65_HS1-834228961_62-HQ-83894_SUB_A
Agency: FBI
Page 82
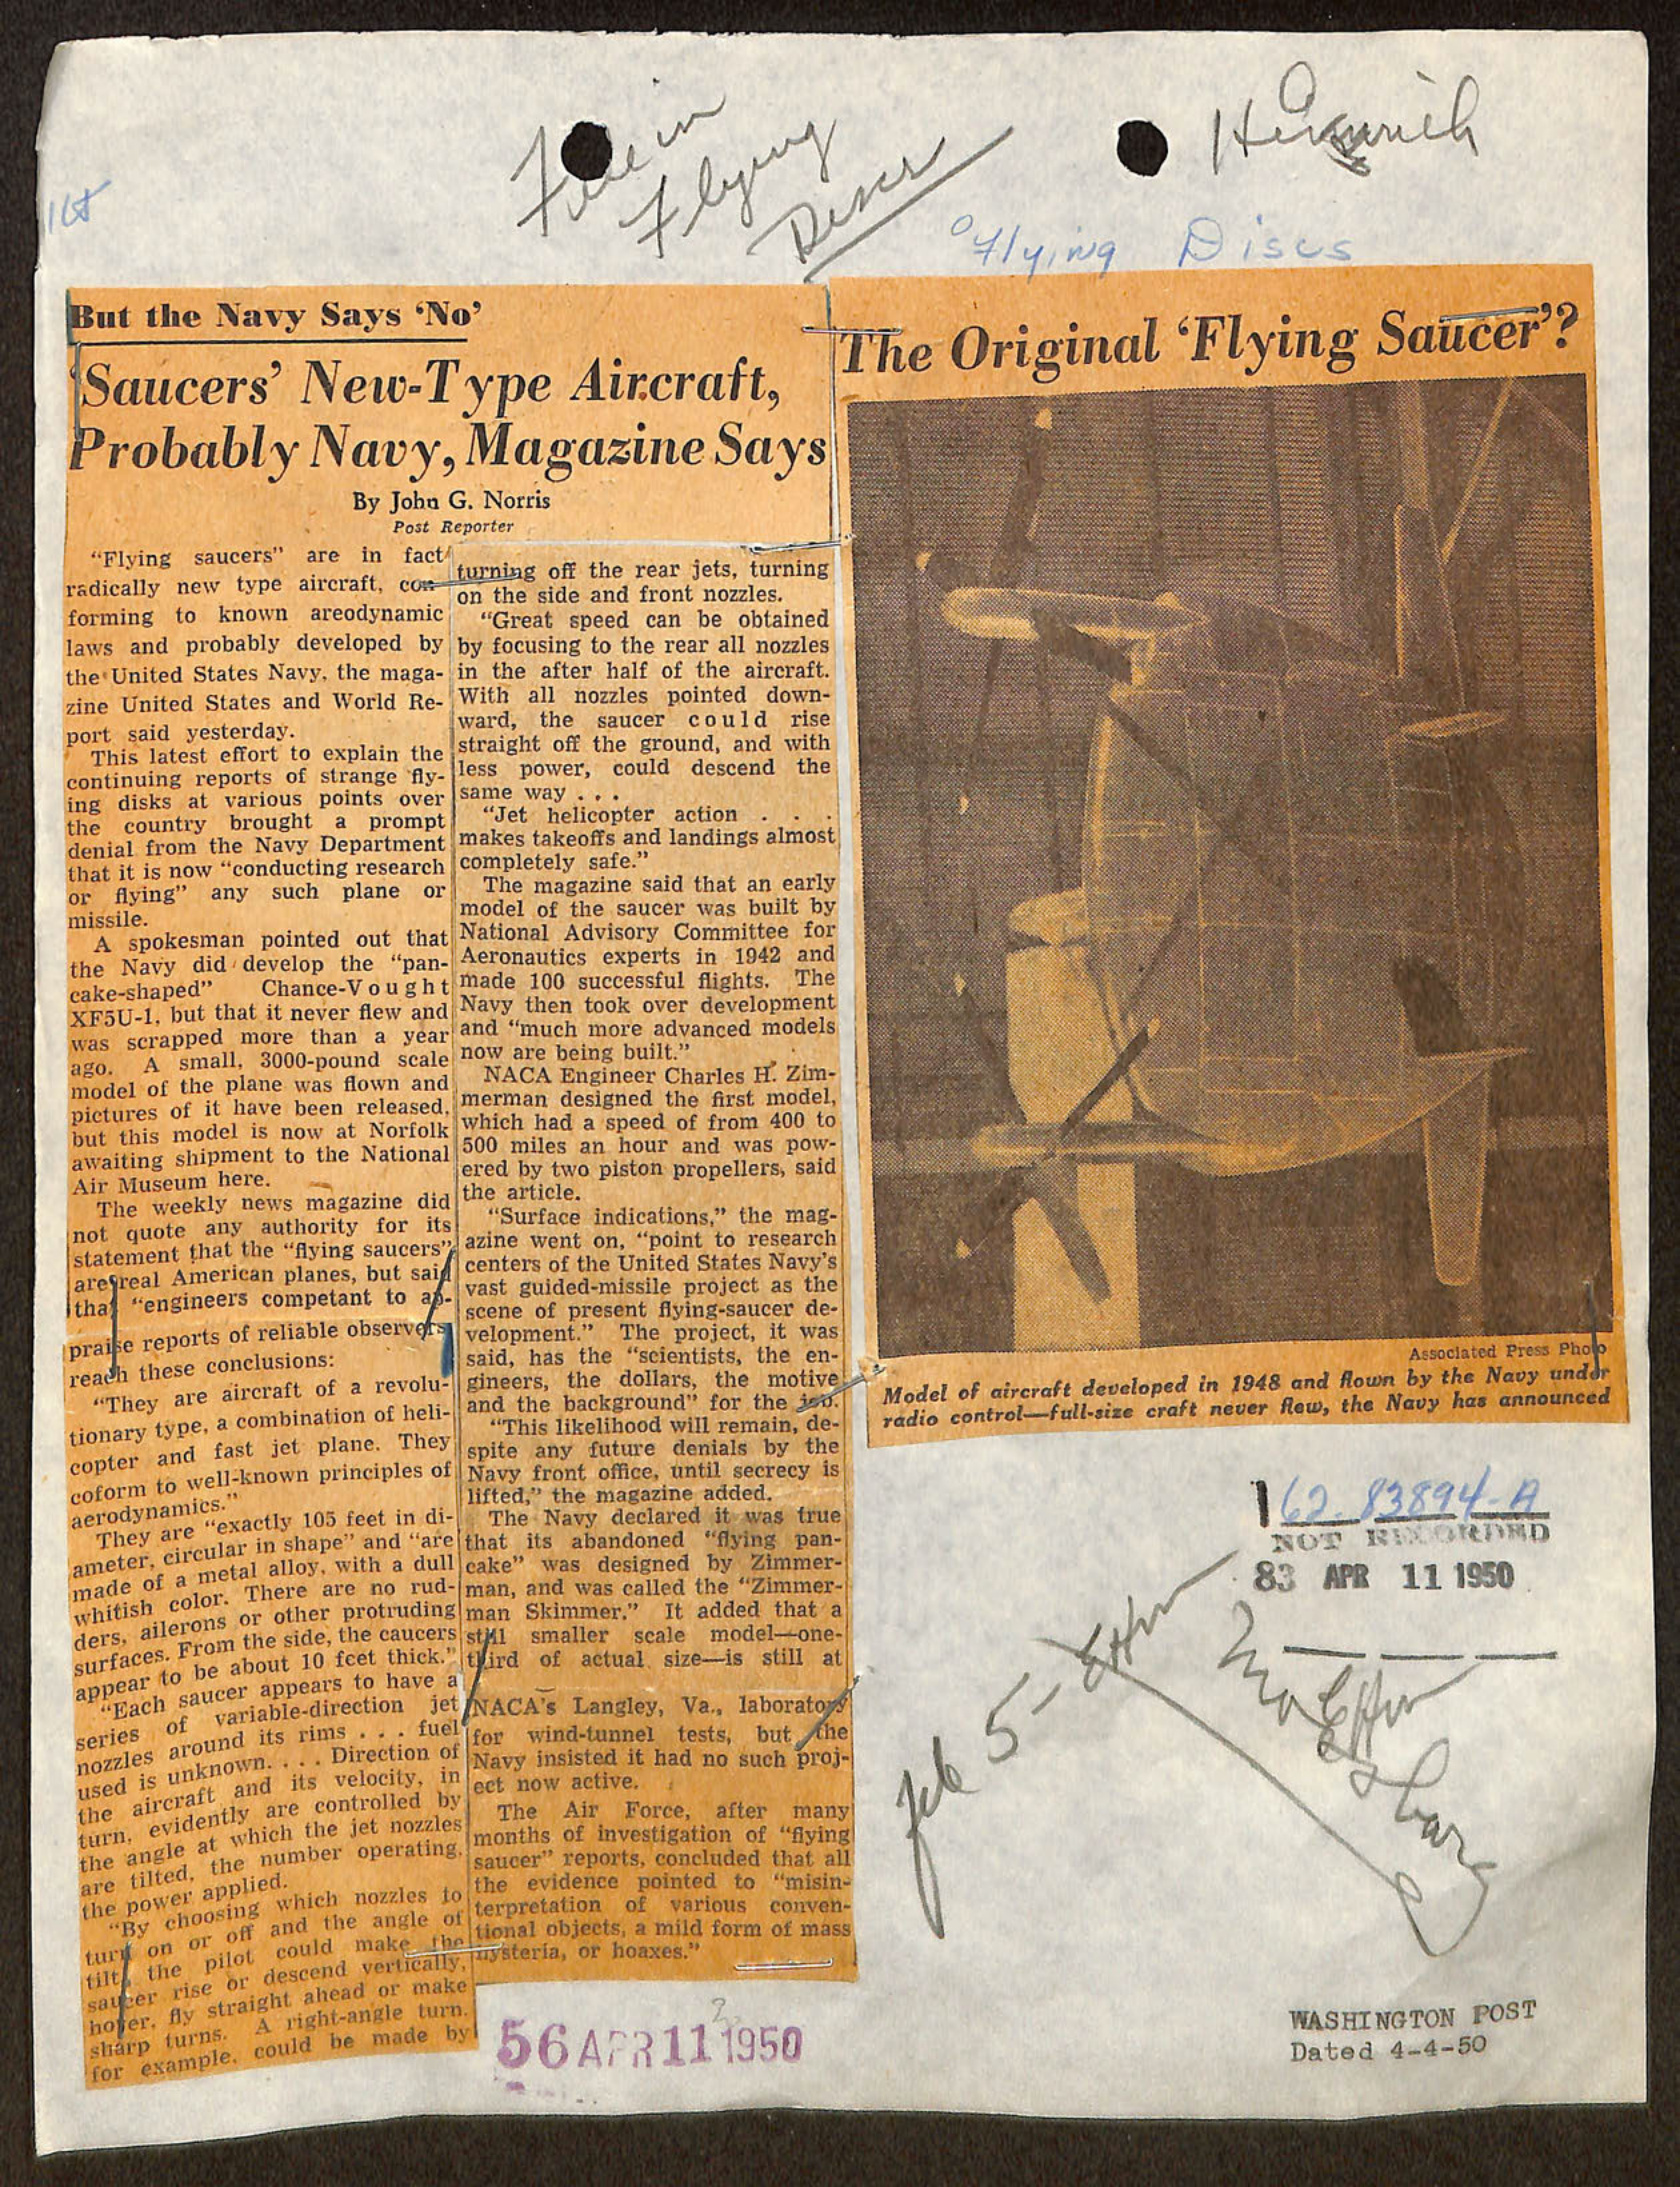